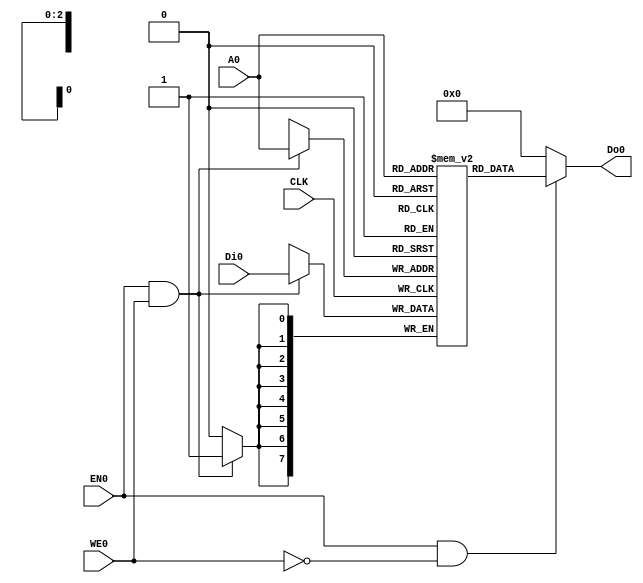
/// sta-blackbox

`default_nettype none
`timescale 1ns/1ps

module RAM8(
`ifdef USE_POWER_PINS
  input wire        VPWR,
  input wire        VGND,
`endif
  input CLK,
  input EN0,
  input WE0,
  input [2:0] A0,
  input [7:0] Di0,
  output [7:0] Do0
);

reg [7:0] memory[0:7];

always @(posedge CLK)
  begin
    if (EN0 & WE0)
      memory[A0] <= Di0;
  end

assign Do0 = (EN0 & ~WE0) ? memory[A0] : 8'b0;

endmodule